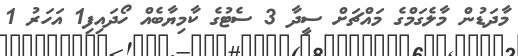
މާދަޑުން މާލެގަމްގެ މައްޗަށް ސީދާ 3 ސެޓުގެ ކާމިޔާބެއް ހޯދައިފި1 އަހަރު 1